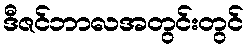
ဒီဇင်ဘာလအတွင်းတွင်